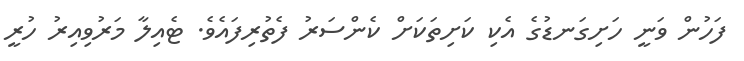
ފަހުން ވަނީ ހަށިގަނޑުގެ އެކި ކަށިތަކަށް ކެންސަރު ފެތުރިފައެވެ. ޓެއިލާ މަރުވިއިރު ހުރީ